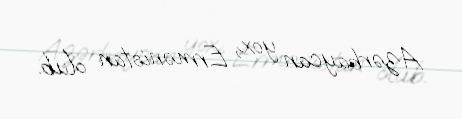
Azərbaycan yox, Ermənistan olub.